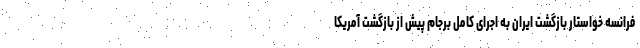
فرانسه خواستار بازگشت ایران به اجرای کامل برجام پیش از بازگشت آمریکا